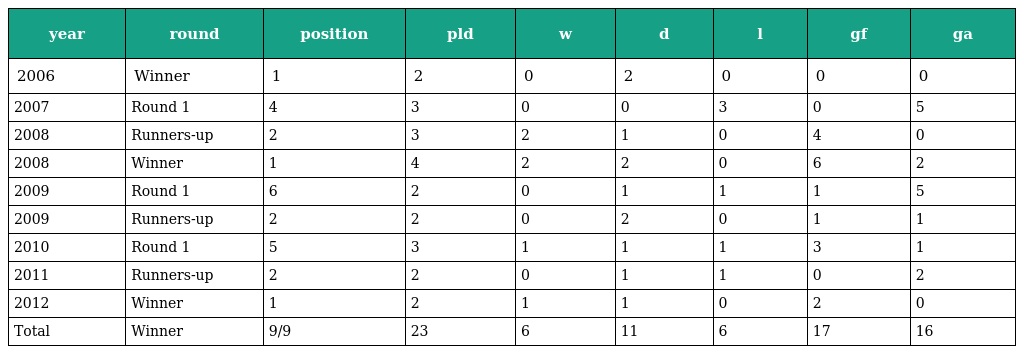
| year | round | position | pld | w | d | l | gf | ga |
 | --- | --- | --- | --- | --- | --- | --- | --- | --- |
 | 2006 | Winner | 1 | 2 | 0 | 2 | 0 | 0 | 0 |
 | 2007 | Round 1 | 4 | 3 | 0 | 0 | 3 | 0 | 5 |
 | 2008 | Runners-up | 2 | 3 | 2 | 1 | 0 | 4 | 0 |
 | 2008 | Winner | 1 | 4 | 2 | 2 | 0 | 6 | 2 |
 | 2009 | Round 1 | 6 | 2 | 0 | 1 | 1 | 1 | 5 |
 | 2009 | Runners-up | 2 | 2 | 0 | 2 | 0 | 1 | 1 |
 | 2010 | Round 1 | 5 | 3 | 1 | 1 | 1 | 3 | 1 |
 | 2011 | Runners-up | 2 | 2 | 0 | 1 | 1 | 0 | 2 |
 | 2012 | Winner | 1 | 2 | 1 | 1 | 0 | 2 | 0 |
 | Total | Winner | 9/9 | 23 | 6 | 11 | 6 | 17 | 16 |